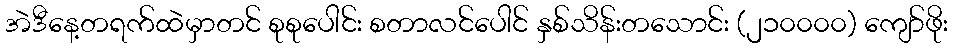
အဲဒီနေ့တရက်ထဲမှာတင် စုစုပေါင်း စတာလင်ပေါင် နှစ်သိန်းတသောင်း (၂၁၀၀၀၀) ကျော်ဖိုး